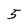
Character: 5